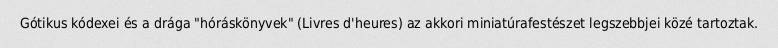
Gótikus kódexei és a drága "hóráskönyvek" (Livres d'heures) az akkori miniatúrafestészet legszebbjei közé tartoztak.